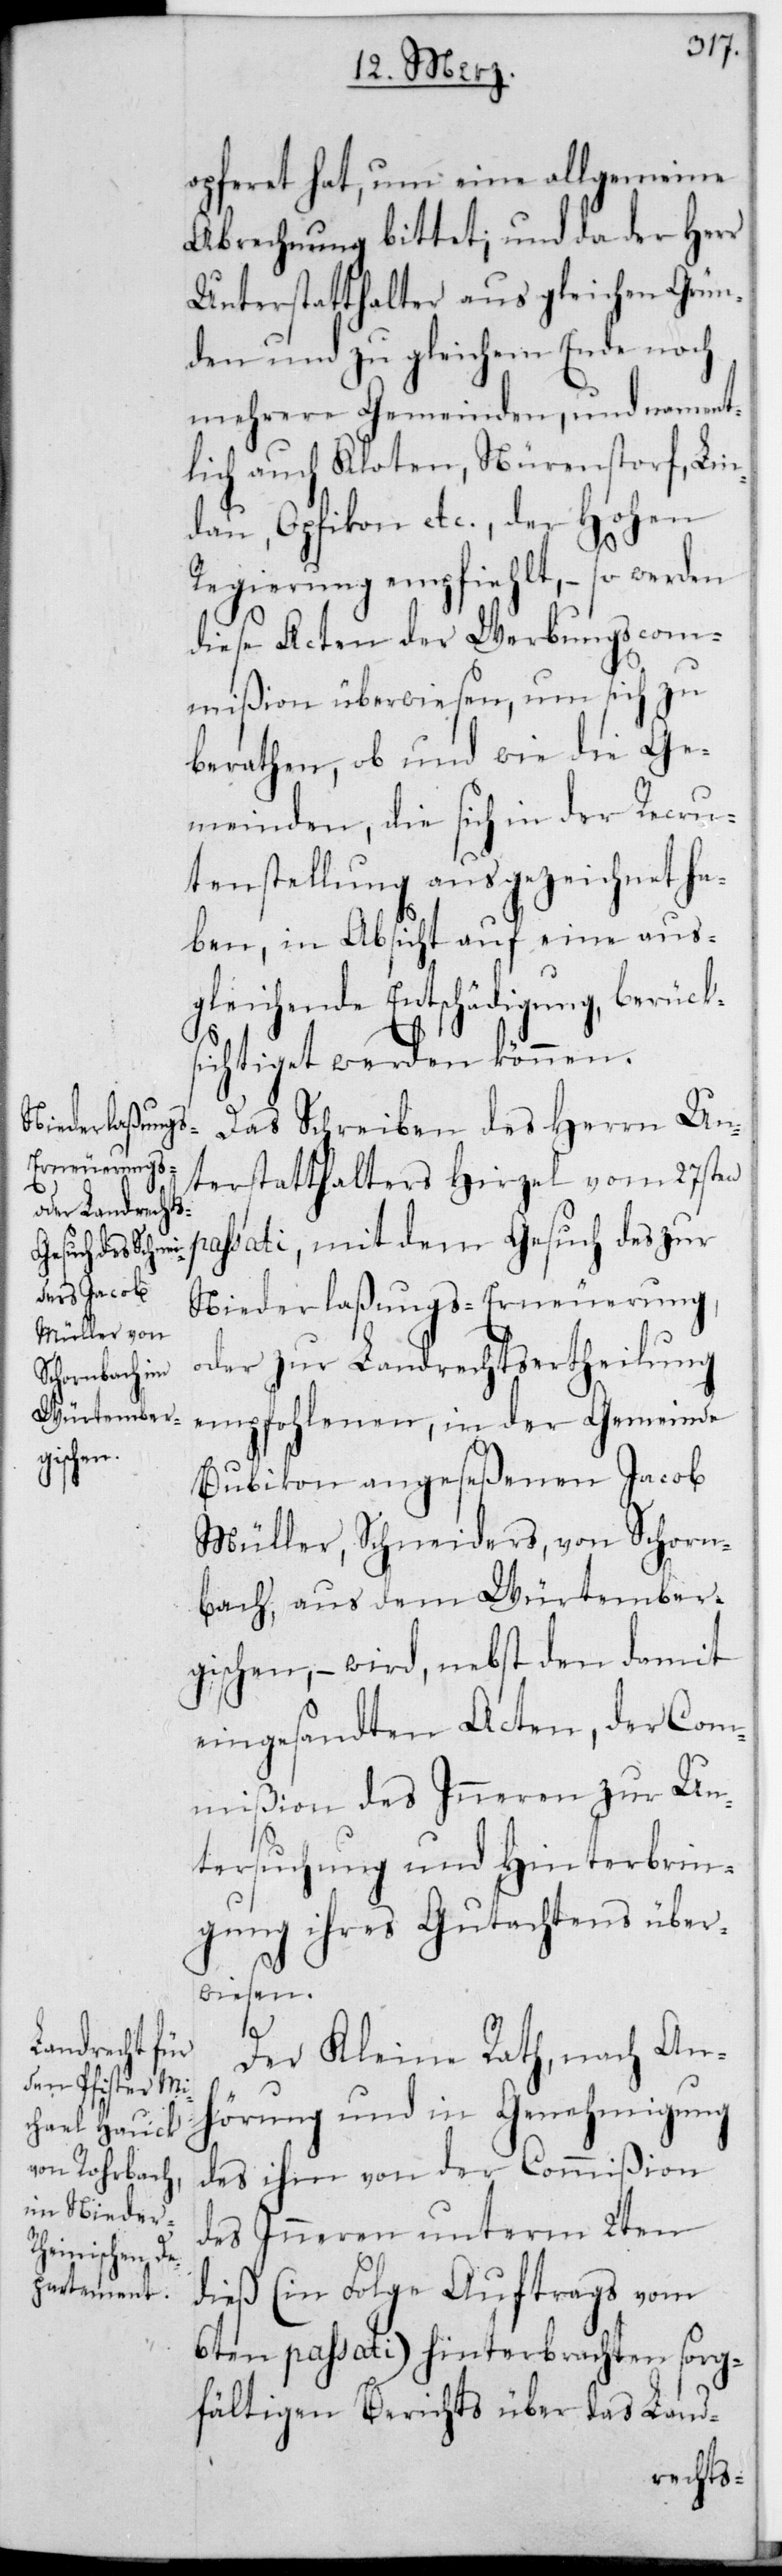
opferet hat, um eine allgemeine
Abrechnung bittet; und da der Herr
Unterstatthalter aus gleichen Grün¬
den und zu gleichem Ende noch
mehrere Gemeinden, und nament¬
lich auch Kloten, Nürensdorf, Lin¬
dau, Opfikon etc., der Hohen
Regierung empfiehlt, – so werden
diese Acten der Werbungscom¬
mißion überwiesen, um sich zu
berathen, ob und wie die Ge¬
meinden, die sich in der Recru¬
tenstellung ausgezeichnet ha¬
ben, in Absicht auf eine aus¬
gleichende Entschädigung, berück¬
sichtiget werden können.
Das Schreiben des Herrn Un¬
terstatthalters Hirzel vom 27sten
passati, mit dem Gesuch des zur
Niederlaßungs-Erneuerung,
oder zur Landrechts-Ertheilung
empfohlenen, in der Gemeinde
Bubikon angeseßenen Jacob
Müller, Schneiders, von Schorn¬
bach aus dem Würtember¬
gischen, – wird nebst den damit
eingesandten Acten, der Com¬
mißion des Inneren zur Un¬
tersuchung und Hinterbrin¬
gung ihres Gutachtens über¬
wiesen.
Der Kleine Rath, nach An¬
hörung und in Genehmigung
des ihm von der Commißion
des Inneren unterm 2ten
dieß (in Folge Auftrags vom
6ten passati) hinterbrachten sorg¬
fältigen Berichts über das Land-